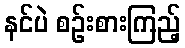
နင်ပဲ စဉ်းစားကြည့်